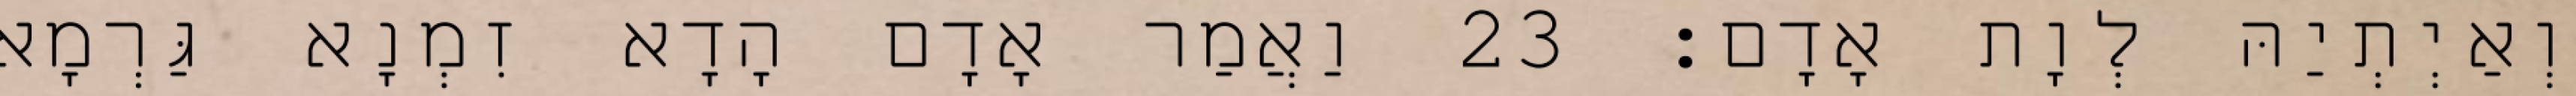
וְאַיְתְיַהּ לְוָת אָדָם׃ 23 וַאֲמַר אָדָם הָדָא זִמְנָא גַּרְמָא